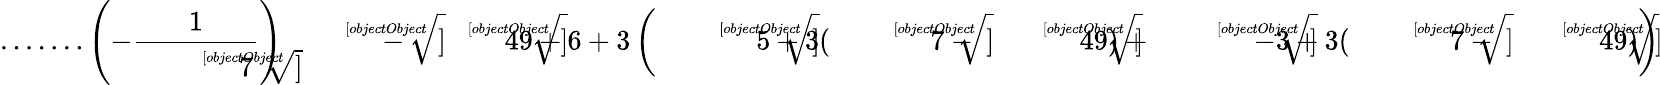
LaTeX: {\mathrm{.......}}\left(-{\frac{1}{\sqrt[[objectObject]]{7}}}\right){\sqrt[[objectObject]]{-{\sqrt[[objectObject]]{49}}+6+3\left({\sqrt[[objectObject]]{5+3({\sqrt[[objectObject]]{7}}-{\sqrt[[objectObject]]{49}})}}+{\sqrt[[objectObject]]{-3+3({\sqrt[[objectObject]]{7}}-{\sqrt[[objectObject]]{49}})}}\right)}}